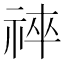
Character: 𥙽